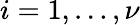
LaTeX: i=1,\dots,\nu